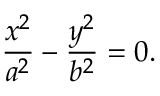
{ \frac { x ^ { 2 } } { a ^ { 2 } } } - { \frac { y ^ { 2 } } { b ^ { 2 } } } = 0 .